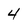
Character: 4